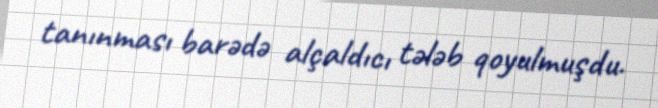
tanınması barədə alçaldıcı tələb qoyulmuşdu.